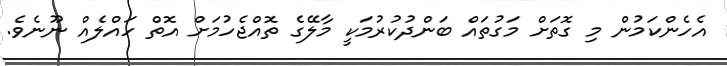
އެހެންކަމުން މި ގޮތަށް މަގުތައް ބަންދުކުރުމަކީ މާލޭގެ ތޮއްޖެހުމަށް އޮތް ހައްލެއް ނޫނެވެ.